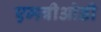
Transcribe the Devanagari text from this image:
एमबीओडी